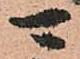
可